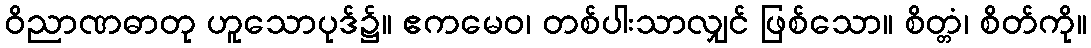
ဝိညာဏဓာတု ဟူသောပုဒ်၌။ ဧကမေဝ၊ တစ်ပါးသာလျှင် ဖြစ်သော။ စိတ္တံ၊ စိတ်ကို။